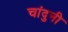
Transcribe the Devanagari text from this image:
चांदुनी